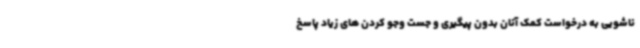
ناشویی به درخواست کمک آنان بدون پیگیری و جست وجو کردن های زیاد پاسخ